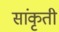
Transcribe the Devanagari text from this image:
सांकृती